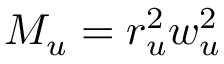
M _ { u } = r _ { u } ^ { 2 } w _ { u } ^ { 2 }